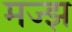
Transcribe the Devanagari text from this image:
मज्झ